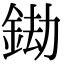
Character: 𨦲